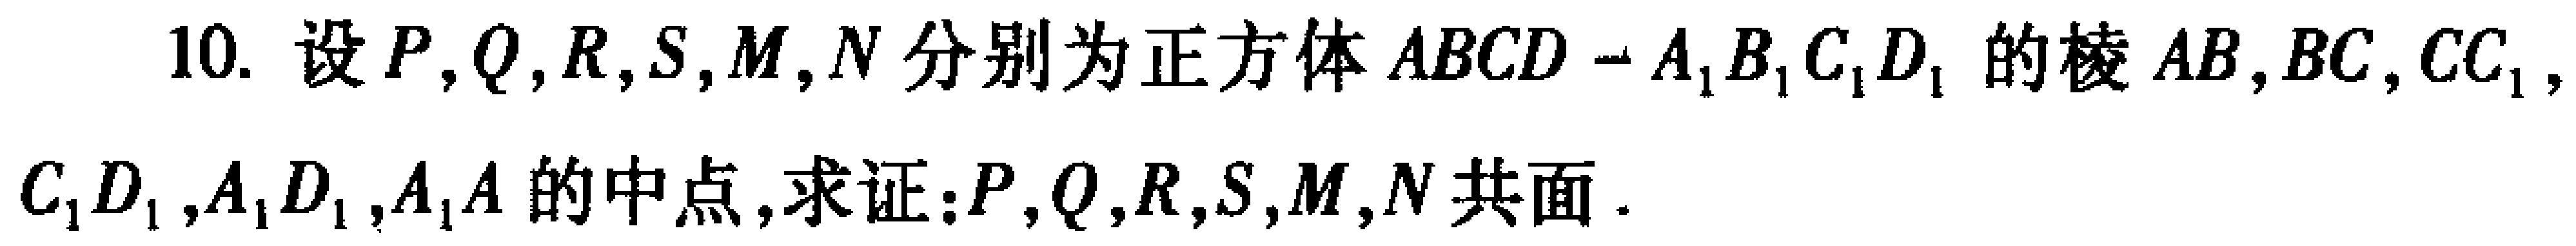
10. 设\(P,Q,R,S,M,N\)分别为正方体\(ABCD - A_{1}B_{1}C_{1}D_{1}\)的棱\(AB,BC,CC_{1},C_{1}D_{1},A_{1}D_{1},A_{1}A\)的中点, 求证：\(P,Q,R,S,M,N\)共面.